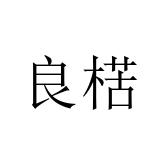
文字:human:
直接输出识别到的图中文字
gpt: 良楛